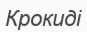
Крокиді